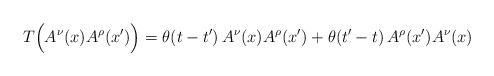
LaTeX: \begin{align*}T\Bigl(A^\nu(x)A^\rho(x^\prime)\Bigr)=\theta(t-t^\prime)\,A^\nu(x)A^\rho(x^\prime)+\theta(t^\prime-t)\,A^\rho(x^\prime)A^\nu(x)\end{align*}